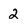
Character: 2